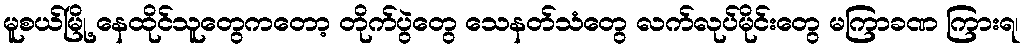
မူစယ်မြို့ နေထိုင်သူတွေကတော့ တိုက်ပွဲတွေ သေနတ်သံတွေ လက်လုပ်မိုင်းတွေ မကြာခဏ ကြားရ၊